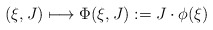
\begin{align*}(\xi, J)\longmapsto \Phi(\xi, J):=J\cdot \phi(\xi)\end{align*}